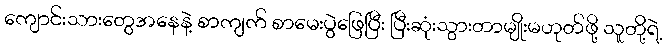
ကျောင်းသားတွေအနေနဲ့ စာကျက် စာမေးပွဲဖြေပြီး ပြီးဆုံးသွားတာမျိုးမဟုတ်ဖို့ သူတို့ရဲ့